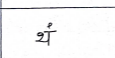
मजकूर: थं